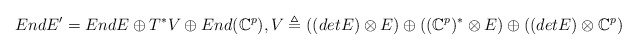
\begin{align*}EndE'=EndE\oplus T^{*}V\oplus End(\mathbb{C}^{p}), V\triangleq ((detE)\otimes E)\oplus ((\mathbb{C}^{p})^{*}\otimes E)\oplus ((detE)\otimes\mathbb{C}^{p}) \end{align*}